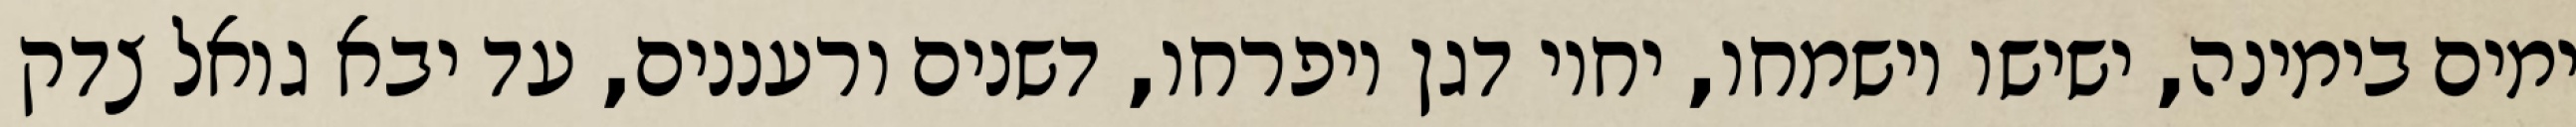
ימים בימינה, ישישו וישמחו, יחיו דגן ויפרחו, דשנים ורעננים, עד יבא גואל צדק